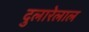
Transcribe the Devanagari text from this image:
दुलारेलाल